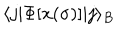
\langle j | \Phi [ x ( \sigma ) ] | j \rangle _ { B }